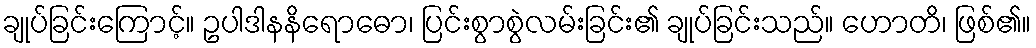
ချုပ်ခြင်းကြောင့်။ ဥပါဒါနနိရောဓော၊ ပြင်းစွာစွဲလမ်းခြင်း၏ ချုပ်ခြင်းသည်။ ဟောတိ၊ ဖြစ်၏။